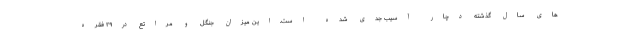
های سال گذشته دچار آسیب جدی شده است.این میزان جنگل و مراتع در۲۹ فقره